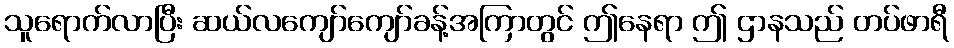
သူရောက်လာပြီး ဆယ်လကျော်ကျော်ခန့်အကြာတွင် ဤနေရာ ဤ ဌာနသည် တပ်ဖာရီ